Civil Veterinary Department. Madras. Admin. report 1926-33 - 1926-1933
Year: 1926
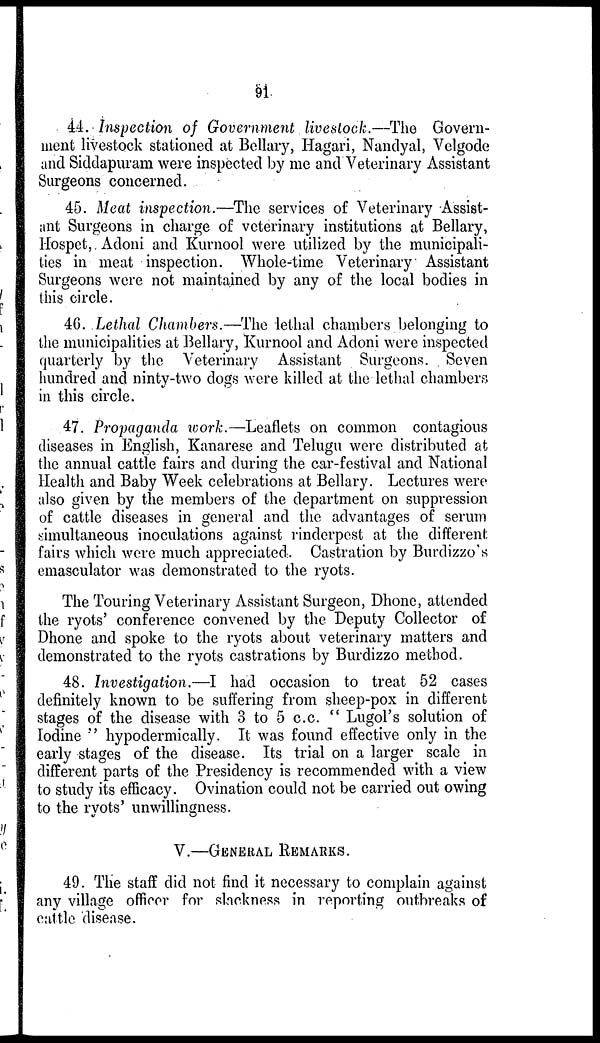
91
44. Inspection of Government livestock.—The Govern-
ment livestock stationed at Bellary, Hagari, Nandyal, Velgode
and Siddapuram were inspected by me and Veterinary Assistant
Surgeons concerned.
45. Meat inspection.—The services of Veterinary Assist-
ant Surgeons in charge of veterinary institutions at Bellary,
Hospet, Adoni and Kurnool were utilized by the municipali-
ties in meat inspection. Whole-time Veterinary Assistant
Surgeons were not maintained by any of the local bodies in
this circle.
46. Lethal Chambers.—The lethal chambers belonging to
the municipalities at Bellary, Kurnool and Adoni were inspected
quarterly by the Veterinary Assistant Surgeons. Seven
hundred and ninty-two dogs were killed at the lethal chambers
in this circle.
47. Propaganda work.—Leaflets on common contagious
diseases in English, Kanarese and Telugu were distributed at
the annual cattle fairs and during the car-festival and National
Health and Baby Week celebrations at Bellary. Lectures were
also given by the members of the department on suppression
of cattle diseases in general and the advantages of serum
simultaneous inoculations against rinderpest at the different
fairs which were much appreciated. Castration by Burdizzo's
emasculator was demonstrated to the ryots.
The Touring Veterinary Assistant Surgeon, Dhone, attended
the ryots' conference convened by the Deputy Collector of
Dhone and spoke to the ryots about veterinary matters and
demonstrated to the ryots castrations by Burdizzo method.
48. Investigation.—I had occasion to treat 52 cases
definitely known to be suffering from sheep-pox in different
stages of the disease with 3 to 5 c.c. " Lugol's solution of
Iodine " hypodermically. It was found effective only in the
early stages of the disease. Its trial on a larger scale in
different parts of the Presidency is recommended with a view
to study its efficacy. Ovination could not be carried out owing
to the ryots' unwillingness.
V.—GENERAL REMARKS.
49. The staff did not find it necessary to complain against
any village officer for slackness in reporting outbreaks of
cattle disease.